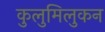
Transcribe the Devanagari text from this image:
कुलुमिलुकन